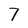
Character: 7